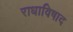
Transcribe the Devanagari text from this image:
राधाविषाद